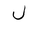
Letter: _lam